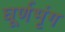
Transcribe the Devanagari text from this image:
घूर्णभृंग